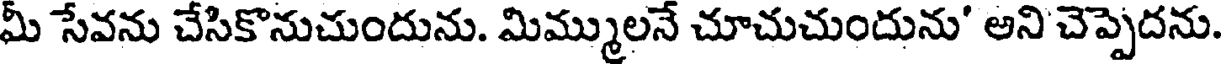
మీ సేవను చేసికొనుచుందును. మిమ్ములనే చూచుచుందును' అని చెప్పెదను